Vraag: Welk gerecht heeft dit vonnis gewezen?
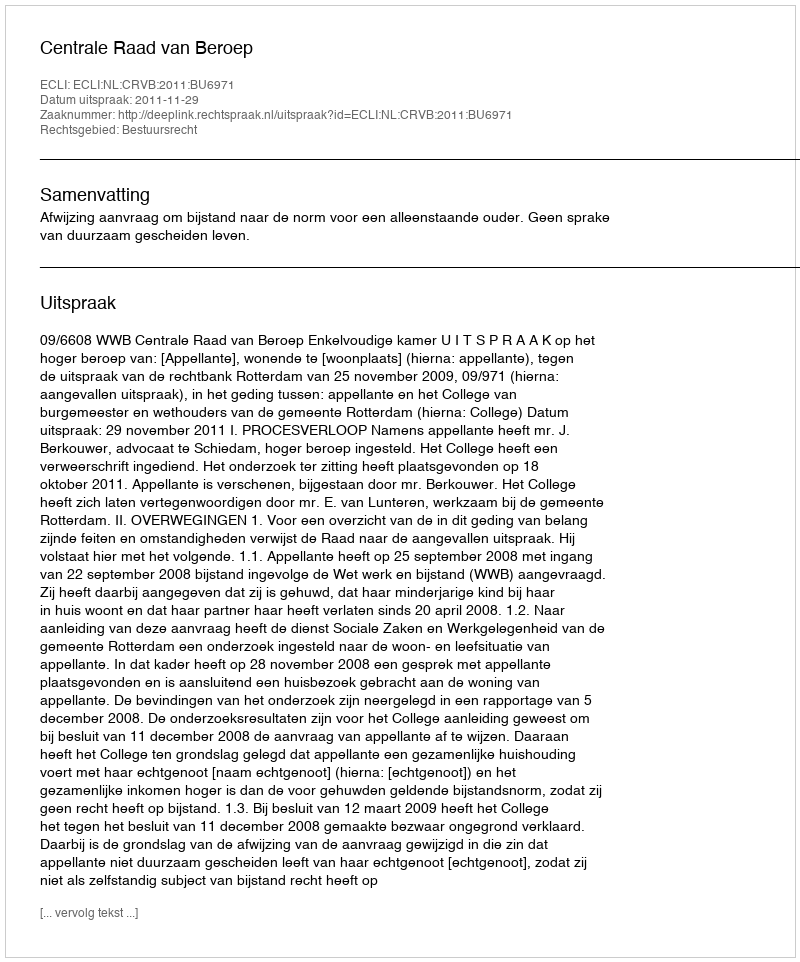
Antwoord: Centrale Raad van Beroep